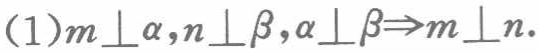
(1)$m\perp\alpha,n\perp\beta,\alpha\perp\beta\Rightarrow m\perp n$.